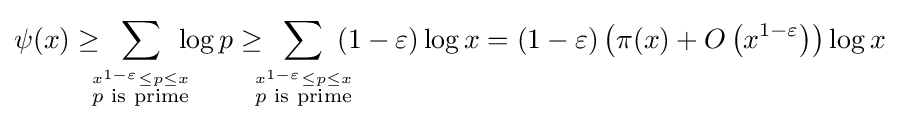
\psi (x)\geq \sum _{\!\!\!\!{\overset {x^{1-\varepsilon }\leq p\leq x}{p{\text{ is prime}}}}\!\!\!\!}\log p\geq \sum _{\!\!\!\!{\overset {x^{1-\varepsilon }\leq p\leq x}{p{\text{ is prime}}}}\!\!\!\!}(1-\varepsilon )\log x=(1-\varepsilon )\left(\pi (x)+O\left(x^{1-\varepsilon }\right)\right)\log x\;